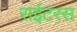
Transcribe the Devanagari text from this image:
राईटरस